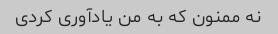
نه ممنون که به من یادآوری کردی